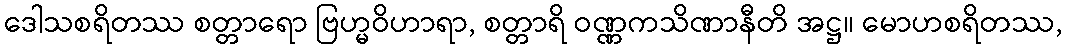
ဒေါသစရိတဿ စတ္တာရော ဗြဟ္မဝိဟာရာ, စတ္တာရိ ဝဏ္ဏကသိဏာနီတိ အဋ္ဌ။ မောဟစရိတဿ,